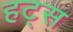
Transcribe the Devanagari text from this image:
हट्स